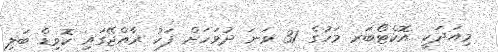
މިއަދަކީ އޮކްޓޯބަރ މަހުގެ 31 ވަނަ ދުވަހަށް ފަހު ރާއްޖޭގައި ކޮވިޑް ބަލި